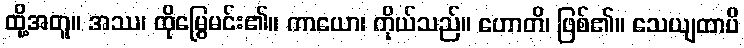
ထို့အတူ။ အဿ၊ ထိုမြွေမင်း၏။ ကာယော၊ ကိုယ်သည်။ ဟောတိ၊ ဖြစ်၏။ သေယျထာပိ